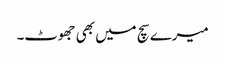
میرے سچ میں بھی جھوٹ۔